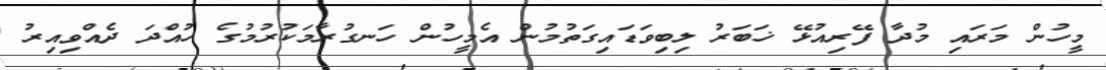
މީހުން މަރައި މުދާ ފޭރިއުޅޭ ޚަބަރު ލިބިވަޑައިގަތުމުން އެމީހުން ހަނގުރާމަކުރުމުގެ ހުއްދަ ދެއްވިއިރު